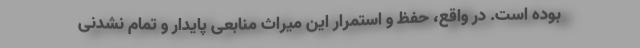
بوده است. در واقع، حفظ و استمرار این میراث منابعی پایدار و تمام‌ نشدنی